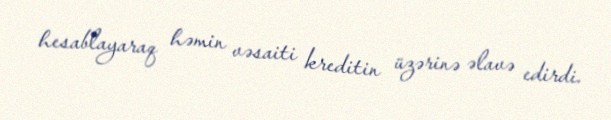
hesablayaraq həmin vəsaiti kreditin üzərinə əlavə edirdi.